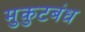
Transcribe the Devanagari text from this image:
मुकुटबंध